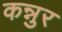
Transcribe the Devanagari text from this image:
कन्नुर